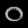
Digit: ၀